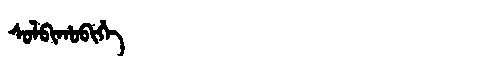
Manchu: ᠰᠣᠯᠪᡳᡥᠣᠪᡳᡥᡝ
Romanization: SOLBIHOBIHE